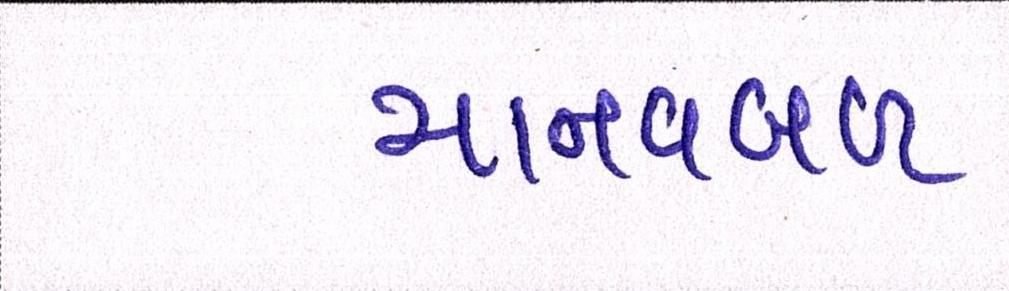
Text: માનવબળ